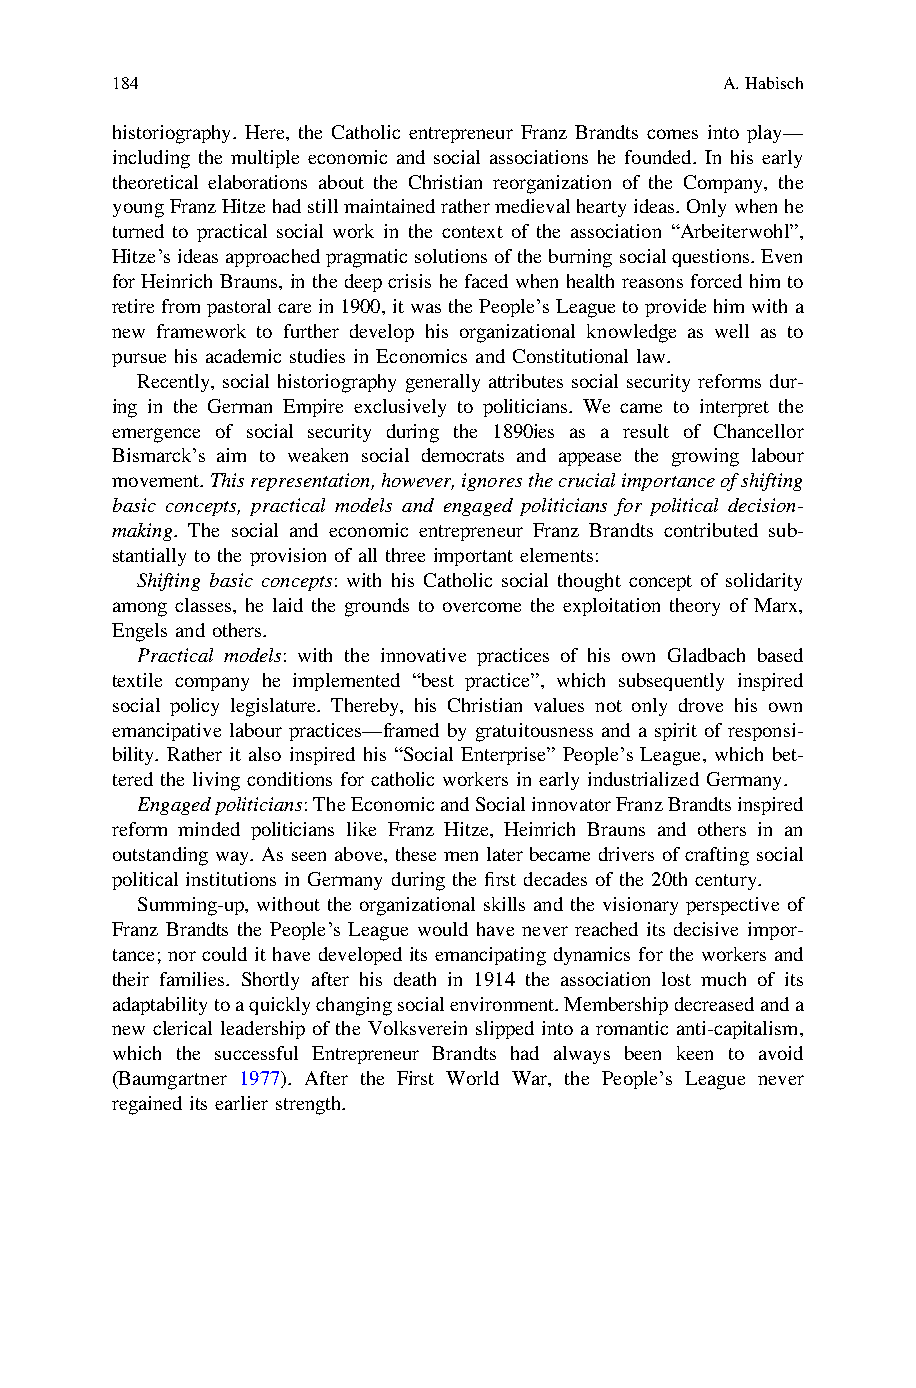
184                                      A.Habisch
 historiography. Here, the Catholic entrepreneur Franz Brandts comes into play—
 including the multiple economic and social associations he founded. In his early
 theoretical elaborations about the Christian reorganization of the Company, the
 youngFranzHitzehadstillmaintainedrathermedievalheartyideas.Onlywhenhe
 turned to practical social work in the context of the association “Arbeiterwohl”,
 Hitze’sideasapproachedpragmaticsolutionsoftheburningsocialquestions.Even
 for Heinrich Brauns, inthedeepcrisishefaced when healthreasons forced him to
 retirefrompastoralcarein1900,itwasthePeople’sLeaguetoprovidehimwitha
 new framework to further develop his organizational knowledge as well as to
 pursue his academic studies in Economics and Constitutional law.
 Recently, social historiography generally attributes social security reforms dur-
 ing in the German Empire exclusively to politicians. We came to interpret the
 emergence of social security during the 1890ies as a result of Chancellor
 Bismarck’s aim to weaken social democrats and appease the growing labour
 movement.Thisrepresentation,however,ignoresthecrucialimportanceofshifting
 basic concepts, practical models and engaged politicians for political decision-
 making. The social and economic entrepreneur Franz Brandts contributed sub-
 stantially to the provision of all three important elements:
 Shifting basic concepts: with his Catholic social thought concept of solidarity
 among classes, he laid the grounds to overcome the exploitation theory of Marx,
 Engels and others.
 Practical models: with the innovative practices of his own Gladbach based
 textile company he implemented “best practice”, which subsequently inspired
 social policy legislature. Thereby, his Christian values not only drove his own
 emancipative labour practices—framed by gratuitousness and a spirit of responsi-
 bility. Rather it also inspired his “Social Enterprise” People’s League, which bet-
 tered the living conditions for catholic workers in early industrialized Germany.
 Engagedpoliticians:TheEconomicandSocialinnovatorFranzBrandtsinspired
 reform minded politicians like Franz Hitze, Heinrich Brauns and others in an
 outstanding way. As seen above, these men later became drivers of crafting social
 political institutions in Germany during the first decades of the 20th century.
 Summing-up, without the organizational skills and the visionary perspective of
 Franz Brandts the People’s League would have never reached its decisive impor-
 tance; nor could it have developed its emancipating dynamics for the workers and
 their families. Shortly after his death in 1914 the association lost much of its
 adaptabilitytoaquicklychangingsocialenvironment.Membershipdecreasedanda
 new clerical leadership of the Volksverein slipped into a romantic anti-capitalism,
 which the successful Entrepreneur Brandts had always been keen to avoid
 (Baumgartner 1977). After the First World War, the People’s League never
 regained its earlier strength.